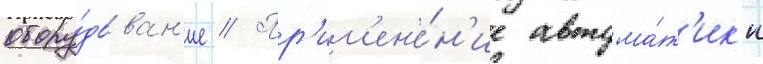
обору́дован'ие // Пр'им'ен'е́н'ие автома́т'ик'и